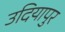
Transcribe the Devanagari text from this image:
उदियापुर